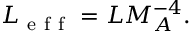
L _ { \mathrm { ~ e ~ f ~ f ~ } } = L M _ { A } ^ { - 4 } .